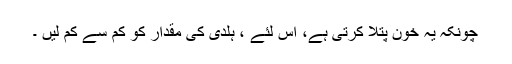
چونکہ یہ خون پتلا کرتی ہے، اس لئے ، ہلدی کی مقدار کو کم سے کم لیں ۔